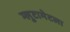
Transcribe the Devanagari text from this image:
ग्लुटामेटला